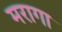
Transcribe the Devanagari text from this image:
मरागा